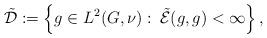
LaTeX: \begin{align*}\tilde{\mathcal{D}}:=\left\{g\in L^2(G,\nu):\:\tilde{\mathcal{E}}(g,g)<\infty\right\},\end{align*}